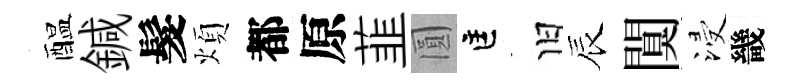
醖鍼髮煩都原韮圓匡旧辰闃浸畿